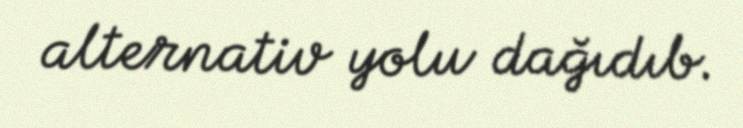
alternativ yolu dağıdıb.